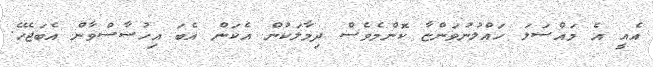
އެއީ އެ މައްސަލަ ހައްލުނުވަންޏާ ކޮންމެވެސް ދިމާލަކުން އެކަން އެބަ އިހުސާސްވާން އެބަޖެހޭ.